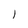
Character: I